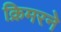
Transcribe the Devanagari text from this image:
क्रिमरने